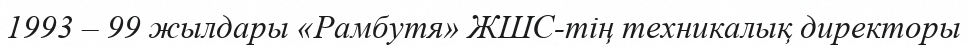
1993 – 99 жылдары «Рамбутя» ЖШС-тің техникалық директоры